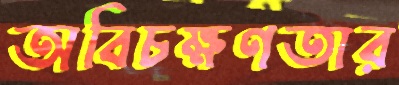
অবিচক্ষণতার